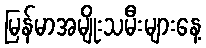
မြန်မာအမျိုးသမီးများနေ့